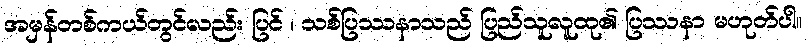
အမှန်တစ်ကယ်တွင်လည်း ပြင် ၊ သစ်ပြဿနာသည် ပြည်သူလူထု၏ ပြဿနာ မဟုတ်ပါ။